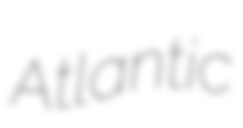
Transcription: Atlantic